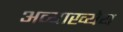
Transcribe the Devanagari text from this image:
अव्याख्येय